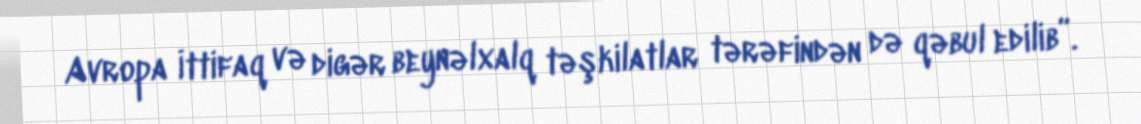
Avropa İttifaq və digər beynəlxalq təşkilatlar tərəfindən də qəbul edilib”.